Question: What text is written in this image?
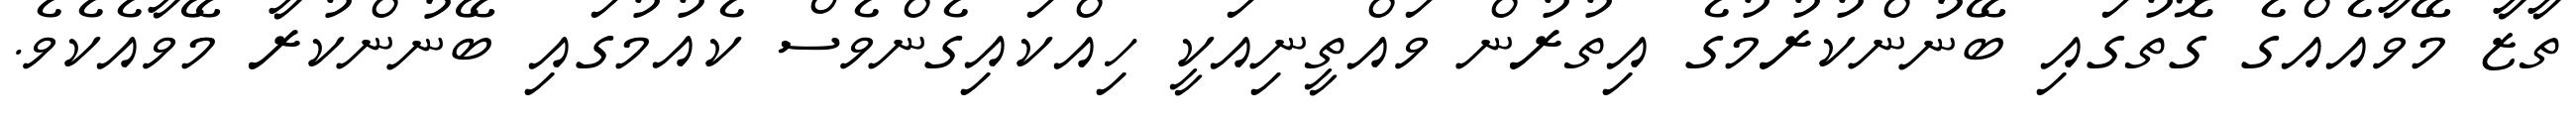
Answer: ތާޒާ މޭވާއެއްގެ ގޮތުގައި ބޭނުންކުރުމުގެ އިތުރުން ވައްތީނިއަކީ ހިއްކައިގެންވެސް ކެއުމުގައި ބޭނުންކުރާ މޭވާއެކެވެ.